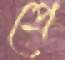
প্রে